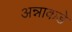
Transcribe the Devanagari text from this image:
अन्नाकडे